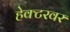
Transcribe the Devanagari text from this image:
हेक्टरवर